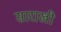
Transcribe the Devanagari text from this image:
साराखी